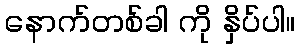
နောက်တစ်ခါ ကို နှိပ်ပါ။